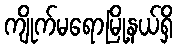
ကျိုက်မရောမြို့နယ်ရှိ